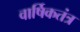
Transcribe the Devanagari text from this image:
वार्षिकतंत्र